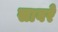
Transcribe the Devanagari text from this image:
साबरे